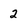
Character: 2